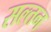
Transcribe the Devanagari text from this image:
सल्तन